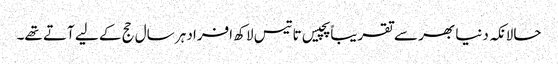
حالانکہ دنیا بھر سے تقریباً پچیس تا تیس لاکھ افراد ہر سال حج کے لیے آتے تھے۔